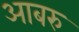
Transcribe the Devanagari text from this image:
आबरु